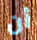
أن